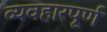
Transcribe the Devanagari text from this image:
व्यवहारपूर्ण